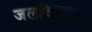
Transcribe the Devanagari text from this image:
जलवितरक